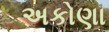
અકોણા